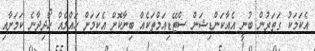
އެކަމަކު ގަތަރުން ބުނީ އެއާކަންޑިޝަން ސްޓޭޑިއަމްތަކެއް ބިނާކޮށް އެކަމަށް ހައްލެއް ހޯދިދާނެ ކަމަށާއި